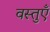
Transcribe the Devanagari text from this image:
वस्‍तुएँ